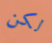
لكن